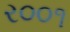
ર૦૦૧